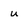
Character: u